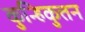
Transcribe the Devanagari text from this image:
कुन्हिकुत्तन